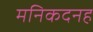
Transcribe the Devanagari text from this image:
मनिकदनह